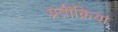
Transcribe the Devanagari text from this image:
प्रतीक्रिया